Lunatic asylums Madras 1892-1911 - 1892-1911
Year: 1892
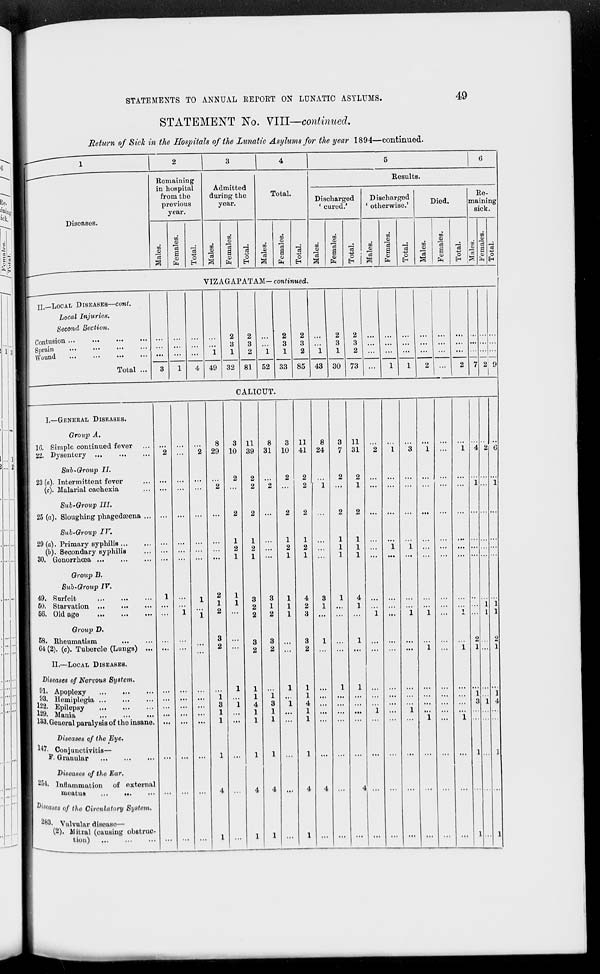
STATEMENTS TO ANNUAL RErORT ON LUNATIC ASYLUMS.
49
STATEMENT No. VIII—continued.
Return of Sick in the Hospitals of the Lunatic Asylums for the year 1894—continued.
1
2
1 *
4
5
6
Remaining
Results.
in hospital
Admitted
from the
previous
year.
during the
year.
Total.
Discharged
' cured.'
Discharged
' otherwise.'
] Died.
Re-
maining
sick.
Diseases.
m
3
oo
CO
DQ
0)
03
CO
00
CO
00
CO
00
CO
03
"75
•
m
a
_;
CO
cd
m
r c3
00
o3
_J
00
"3
,_; 00 d ,J
cu
F cS
4a
CO
B c3 ri a e3 CO fl eS CO a c3 CO a d 4j a <B
d
CO
O
CO
O
0)
O
3
CO
O
03
CO
O
c3
CO
o
CO O
s fa H s fa H >^ c*< H a fa H | a fa H S fa H >j ■=) E-i
VIZi ^GA] ?ATi ^.M- confirmed.
II.—LOCAL DISEASES—coni.
Local Injuries.
Second Section.
Contusion ...
Sprain
Wound
.••
•••
•••
Total ...
I.—GENERAL DISEASES.
Group A,
1G. Simple continued fever
22. Dysentory ...
Sub-Group II.
23 (a). Intermittent fever
(c). Malarial cachexia
Sub-Group III.
25 (a). Sloughing phagedaeena
Sub-Group IV.
29 (a). Primary syphilis ...
(b). Secondary syphilis
30. Gonorrhoea ...
Group B.
Sub-Group IV.
49. Surfeit
50. Starvation ...
56. Old ago
Group D.
58. Rheumatism
04 (2). (c). Tubercle (Lungs)
II.—LOCAL DISEASES.
Diseases of Nervous System.
91. Apoplexy
93. Hemiplegia ...
m Epilepsy
*w. Mama
,
133. Genoral paralysis of the insane
Diseases of the Eye.
W. Conjunctivitis—
F. Granular
Diseases of the Ear.
'"4. Inflammation of external
lueatuB
D| seases of the Circulatory System.
283. Valvular disease—
(2). Mitral (causing obstruc-
tion)
49 32 81 52 33 85 43 30 73
CALICUT.
8
29
2
1
2
3
2
1
•A
1
1
3 11
8
3 11
8
3 11
10 39 31 10 41 24
7 31
2
1
3
1
2
2
2 "2
2
2
2
i
2
2
1 ...
...
...
...
2
2 ...
2
2 ...
2
2 ...
...
... ...
1
1
1
1
1
1
2
2
2
2
1
1
1
1
1
1
1
1
1
1
...
1
1
3
3
1
4
3
1
4
2
1
1
2
1
1
2
2
1
8 ... ... ...
1
...
1
1
...
3
3
3
1
1
2
2
2
...
...
...
1
1
1
1
i
1
1
1
...
1
1 ...
...
...
...
1
4
3
1
4
1
1
1
...
1 ...
1
...
...
1
1
...
1 ...
...
...
...
1
...
1
1
...
1
...
...
...
...
...
...
4
4 ...
4
4 ...
4 ...
...
...
...
...
1
1 ...
1
...
...
...
...
...
...
...
2 9